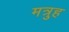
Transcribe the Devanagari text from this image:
मत्रुह